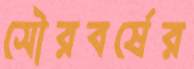
সৌরবর্ষের